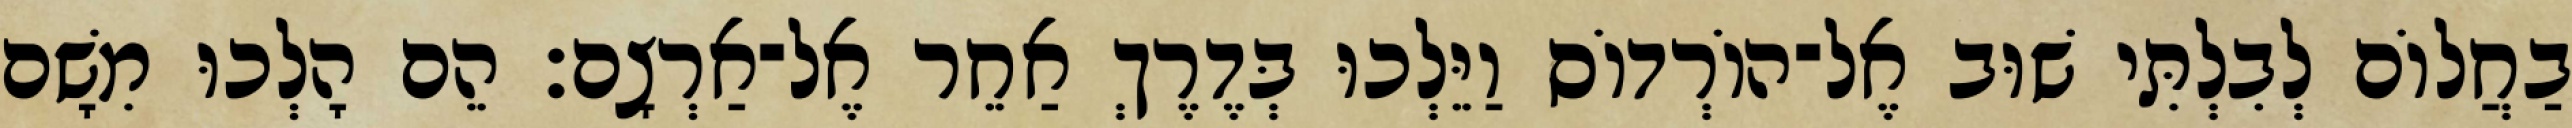
בַחֲלוֹם לְבִלְתִּי שׁוּב אֶל־הוֹרְדוֹס וַיֵּלְכוּ בְּדֶרֶךְ אַחֵר אֶל־אַרְצָם׃ הֵם הָלְכוּ מִשָׁם